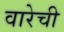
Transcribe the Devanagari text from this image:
वारेची